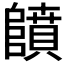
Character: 𱀳